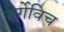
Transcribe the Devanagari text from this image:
सेर्गेविच